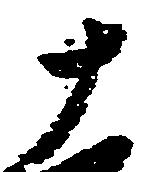
十